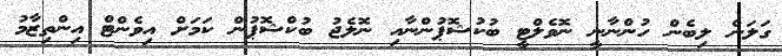
ގަލަން ލިބެން ހުންނާނީ ނޮވެލްޓީ ބުކުޝޮޕުންނާއި ނޮލެޖު ބުކްޝޮޕުން ކަމަށް އިވެންޓް އިންތިޒާމު